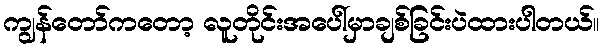
ကျွန်တော်ကတော့ လူတိုင်းအပေါ်မှာချစ်ခြင်းပဲထားပါတယ်။